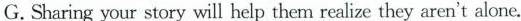
G.Sharing your story will help them realize they aren't alone.